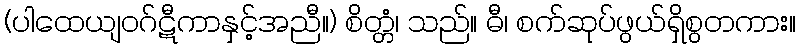
(ပါထေယျဝဂ်ဋီကာနှင့်အညီ။) စိတ္တံ၊ သည်။ ဓီ၊ စက်ဆုပ်ဖွယ်ရှိစွတကား။